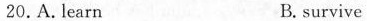
20. A.learn B.survive